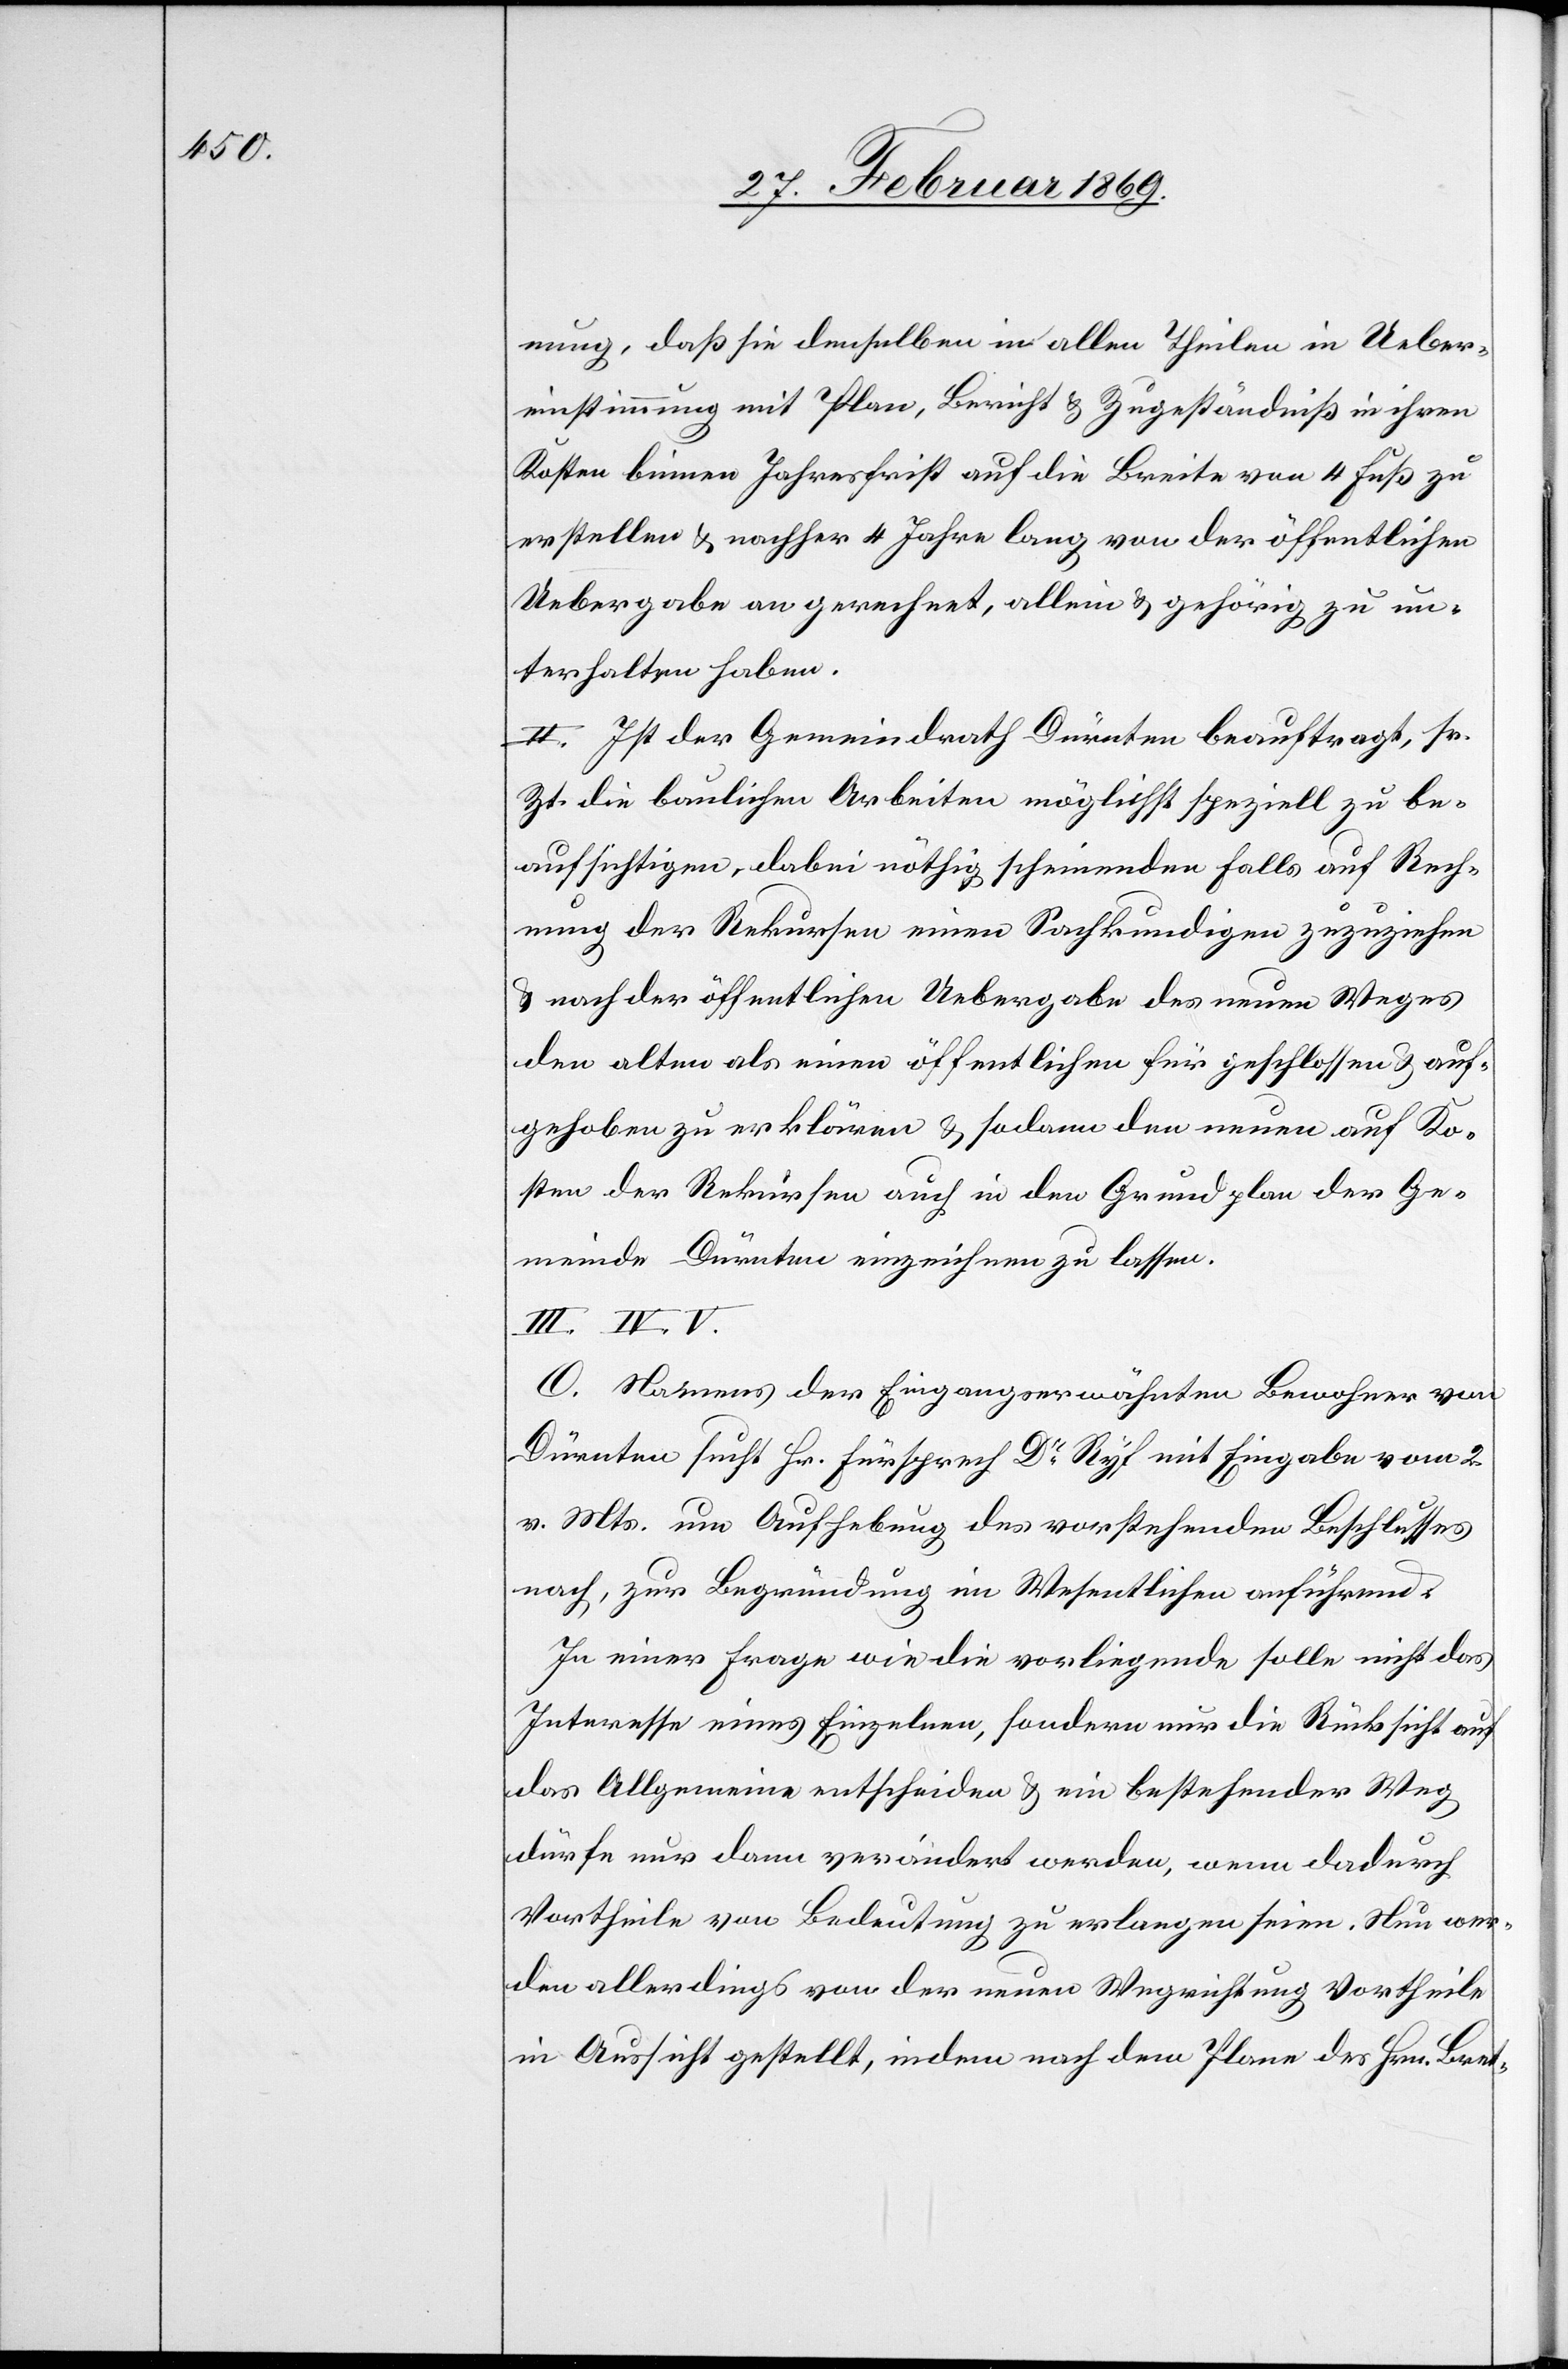
nung, daß sie denselben in allen Theilen in Ueber¬
einstimmung mit Plan, Bericht & Zugeständniß in ihren
Kosten binnen Jahresfrist auf die Breite von 4 Fuß zu
erstellen u. nachher 4 Jahre lang von der öffentlichen
Uebergabe an gerechnet, allein & gehörig zu un¬
terhalten haben.
II. Ist der Gemeindrath Dürnten beauftragt, sr.
Zt. die baulichen Arbeiten möglichst speziell zu be¬
aufsichtigen, dabei nöthig scheinenden Falls auf Rech¬
nung der Rekursen einen Sachkundigen zuzuziehen
& nach der öffentlichen Uebergabe des neuen Weges
den alten als einen öffentlichen für geschlossen & auf¬
gehoben zu erklären & sodann den neuen auf Ko¬
sten der Rekursen auch in den Grundplan der Ge¬
meinde Dürnten einzeichnen zu lassen.
III. IV. V.
O. Namens der Eingangserwähnten Bewohner von
Dürnten sucht Hr. Fürsprech Dr Ryf mit Eingabe vom 2.
v. Mts. um Aufhebung des vorstehenden Beschlusses
nach, zur Begründung im Wesentlichen anführend:
In einer Frage wie die vorliegende [sic!] solle nicht das
Interesse eines Einzelnen, sondern nur die Rücksicht auf
das Allgemeine entscheiden & ein bestehender Weg
dürfe nur dann verändert werden, wenn dadurch
Vortheile von Bedeutung zu erlangen seien. Nun wer¬
den allerdings von der neuen Wegrichtung Vortheile
in Aussicht gestellt, indem nach dem Plane des Hrn. Bret-